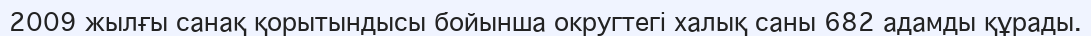
2009 жылғы санақ қорытындысы бойынша округтегі халық саны 682 адамды құрады.